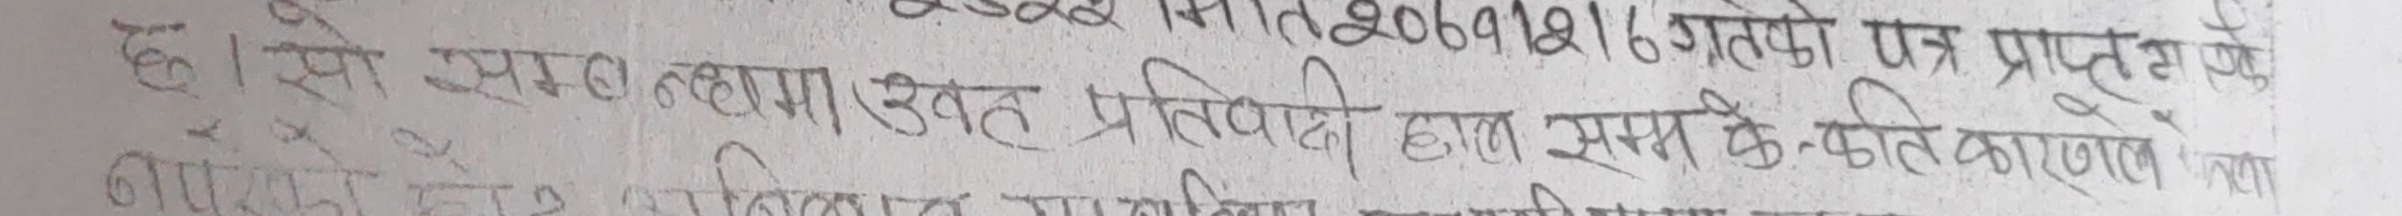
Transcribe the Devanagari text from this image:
छ। सो सम्ब न्हामा उक्त प्रतिवादी
120691216 गतेको पत्र प्राप्त ग एक
हाल सम्म के कति कारणले जना